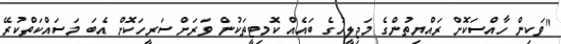
"ވަކިން ހާއްސަކޮށް ރައްޔިތުންގެ މަޖިލީހުގެ ބައެއް ކޮމިޓީތަކުން ވަރަށް ސަރީހަކޮށް އެބަ މަސައްކަތްކުރޭ